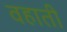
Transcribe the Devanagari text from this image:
वहाती